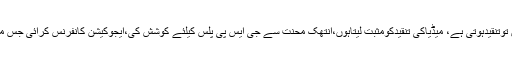
اب پیسے جمع کرتاہوں توتنقیدہوتی ہے، میڈیاکی تنقیدکومثبت لیتاہوں،انتھک محنت سے جی ایس پی پلس کیلئے کوشش کی،ایجوکیشن کانفرنس کرائی جس میں بڑی شخصیات آئیں۔